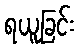
ရယူခြင်း